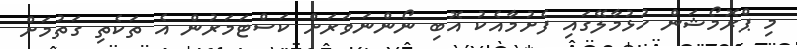
މި ޕްރޮމޯޝަން ހުޅުމާލޭގައި ފެށުމާއެކު އޮބި ނޯންނަވަރަށް ކަސްޓަމަރުން އެ ތަކެތި ގަތުމަށް